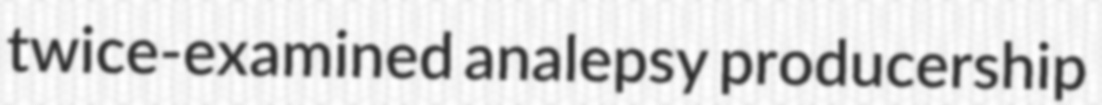
twice-examined analepsy producership